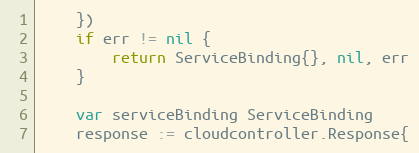
Language: Go
	})
	if err != nil {
		return ServiceBinding{}, nil, err
	}

	var serviceBinding ServiceBinding
	response := cloudcontroller.Response{